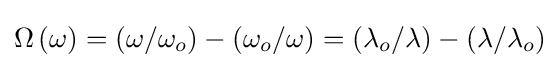
\Omega \left(\omega \right)=\left(\omega /\omega _{o}\right)-\left(\omega _{o}/\omega \right)=\left(\lambda _{o}/\lambda \right)-\left(\lambda /\lambda _{o}\right)